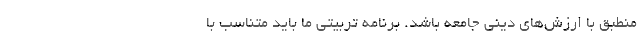
منطبق با ارزش‌های دینی جامعه باشد. برنامه تربیتی ما باید متناسب با